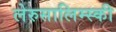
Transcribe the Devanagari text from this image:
लेरुसालिम्स्की